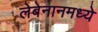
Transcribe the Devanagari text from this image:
लेबेनानमध्ये